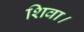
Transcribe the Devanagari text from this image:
शिवा।